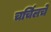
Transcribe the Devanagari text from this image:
चर्चिलचे